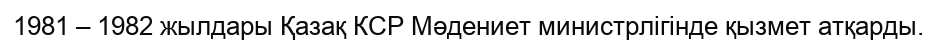
1981 – 1982 жылдары Қазақ КСР Мәдениет министрлігінде қызмет атқарды.